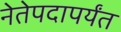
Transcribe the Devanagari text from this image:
नेतेपदापर्यंत